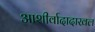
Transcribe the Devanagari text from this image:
आशीर्वादादाखल